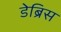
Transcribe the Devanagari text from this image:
डेब्रिस